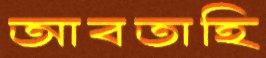
আবতাহি